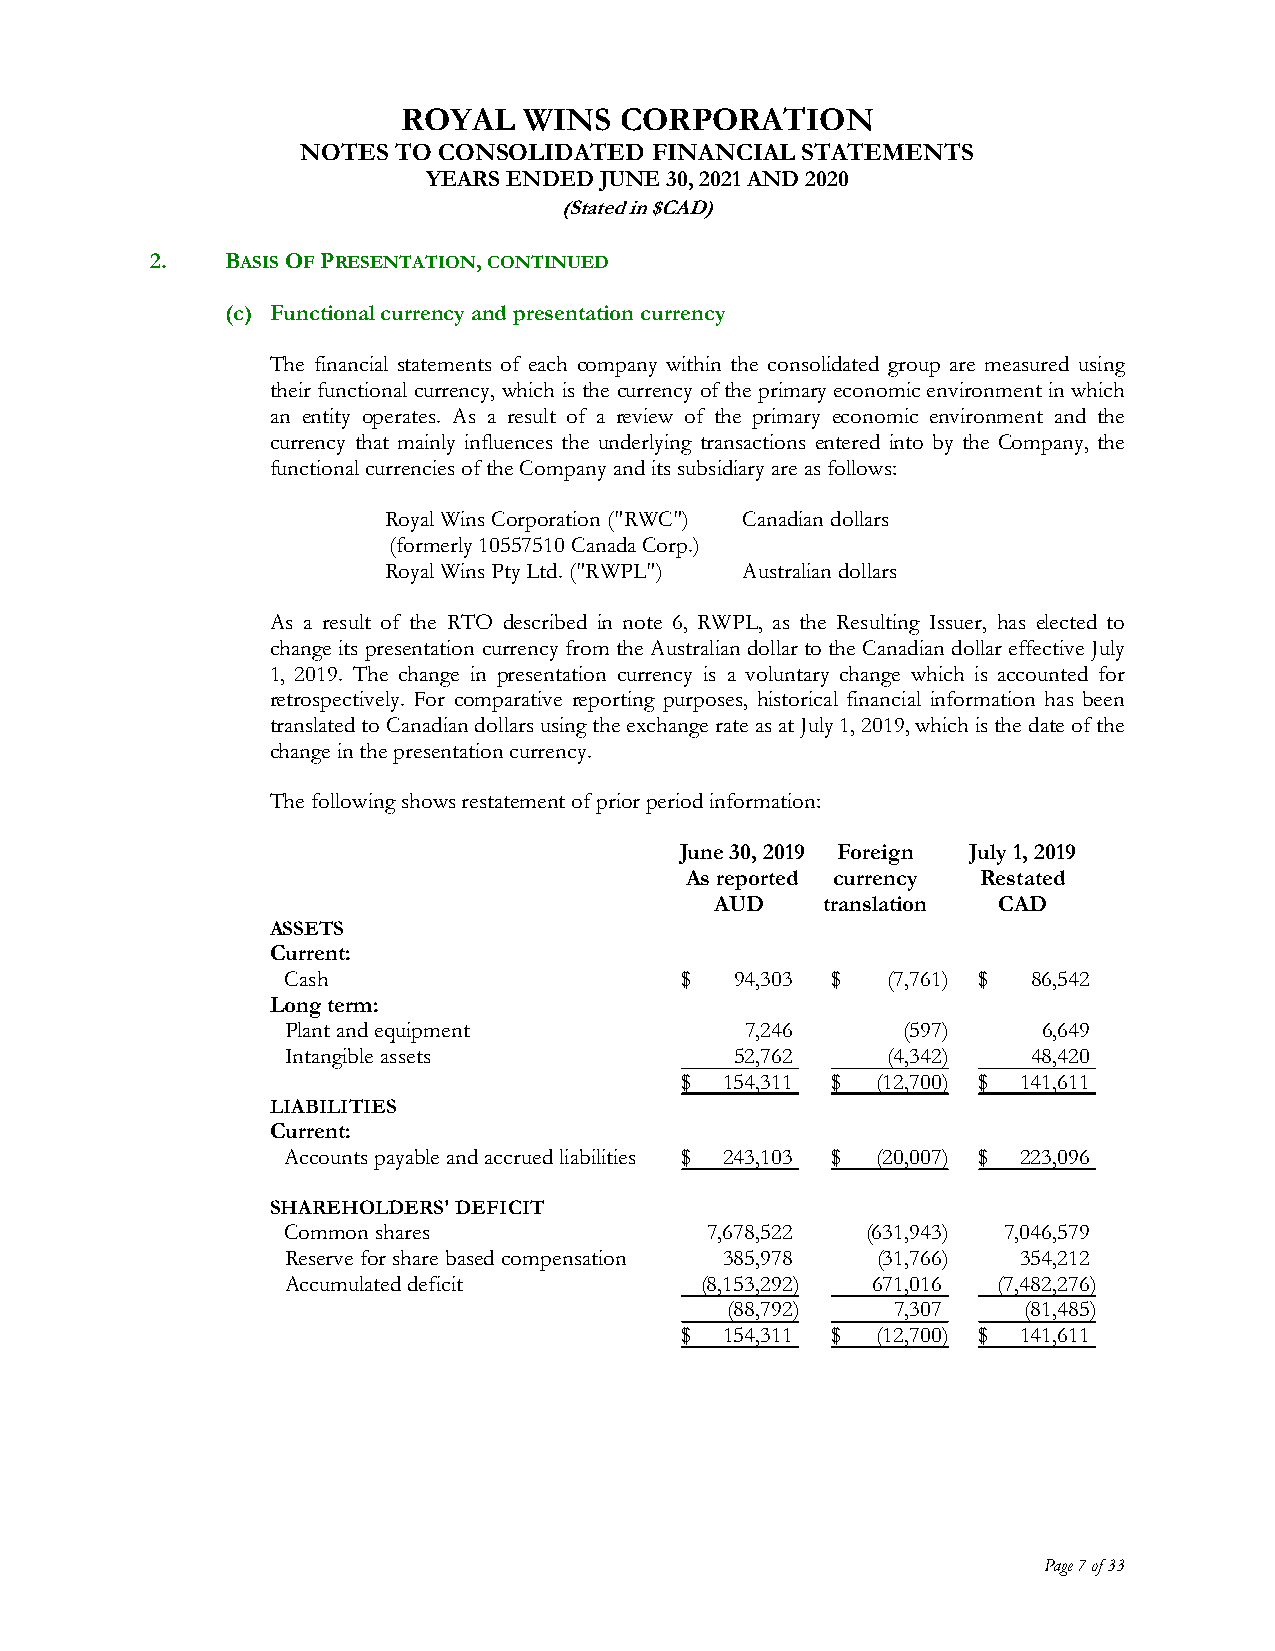
ROYAL   WINS  CORPORATION
 NOTES TO CONSOLIDATED  FINANCIAL STATEMENTS
 YEARS ENDED JUNE 30, 2021 AND 2020
 (Stated in $CAD)
 2.   BASIS OF PRESENTATION, CONTINUED
 (c) Functional currency and presentation currency
 The financial statements of each company within the consolidated group are measured using
 their functional currency, which is the currency of the primary economic environment in which
 an entity operates. As a result of a review of the primary economic environment and the
 currency that mainly influences the underlying transactions entered into by the Company, the
 functional currencies of the Company and its subsidiary are as follows:
 Royal Wins Corporation ("RWC") Canadian dollars
 (formerly 10557510 Canada Corp.)
 Royal Wins Pty Ltd. ("RWPL") Australian dollars
 As a result of the RTO described in note 6, RWPL, as the Resulting Issuer, has elected to
 change its presentation currency from the Australian dollar to the Canadian dollar effective July
 1, 2019. The change in presentation currency is a voluntary change which is accounted for
 retrospectively. For comparative reporting purposes, historical financial information has been
 translated to Canadian dollars using the exchange rate as at July 1, 2019, which is the date of the
 change in the presentation currency.
 The following shows restatement of prior period information:
 June 30, 2019 Foreign July 1, 2019
 As reported currency Restated
 AUD    translation CAD
 ASSETS
 Current:
 Cash                      $   94,303 $  (7,761) $ 86,542
 Long term:
 Plant and equipment           7,246      (597)    6,649
 Intangible assets             52,762    (4,342)  48,420
 $  154,311 $ (12,700) $ 141,611
 LIABILITIES
 Current:
 Accounts payable and accrued liabilities $ 243,103 $ (20,007) $ 223,096
 SHAREHOLDERS' DEFICIT
 Common shares               7,678,522 (631,943) 7,046,579
 Reserve for share based compensation 385,978 (31,766) 354,212
 Accumulated deficit        (8,153,292) 671,016 (7,482,276)
 (88,792)   7,307    (81,485)
 $  154,311 $ (12,700) $ 141,611
 Page 7 of 33